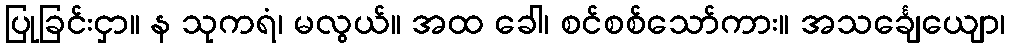
ပြုခြင်းငှာ။ န သုကရံ၊ မလွယ်။ အထ ခေါ၊ စင်စစ်သော်ကား။ အသင်္ချေယျော၊